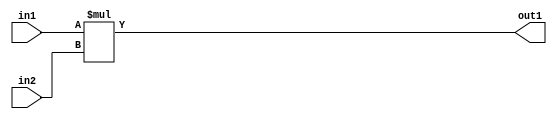
`timescale 1ps / 1ps
/*****************************************************************************
    Verilog RTL Description
    
    
    Created by: Stratus DpOpt 21.05.01 
*******************************************************************************/

module SobelFilter_Mul_24Ux24U_34U_1 (
	in2,
	in1,
	out1
	); /* architecture "behavioural" */ 
input [23:0] in2,
	in1;
output [33:0] out1;
wire [33:0] asc001;

assign asc001 = 
	+(in1 * in2);

assign out1 = asc001;
endmodule

/* CADENCE  urn0Qg8= : u9/ySxbfrwZIxEzHVQQV8Q== ** DO NOT EDIT THIS LINE ******/